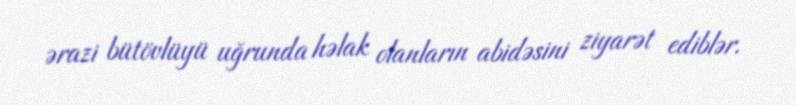
ərazi bütövlüyü uğrunda həlak olanların abidəsini ziyarət ediblər.